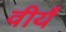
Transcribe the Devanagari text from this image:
वीर्यं